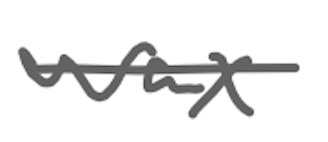
Text: wax
Cross-out: single-line
Writing tool: digital_gray